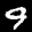
Label: 9